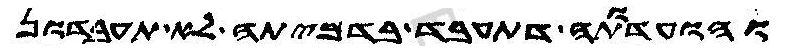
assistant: והועדותה דתעבד בדמיתה לא תעבדון